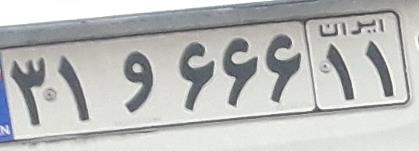
۳۱و۶۶۶۱۱